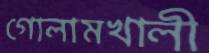
গোলামখালী